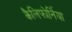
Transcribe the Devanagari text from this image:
कैलिफोर्निया